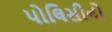
પોલિસીનો